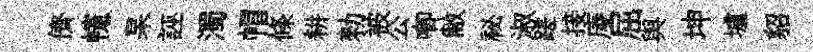
儕幰杲誣濁帽條耕勑被公唧敝祕淑蹉接庱屈舆坤壚貂